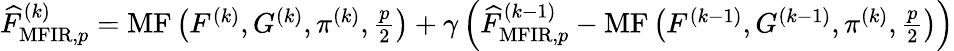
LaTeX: \begin{array}{r}{\widehat{F}_{\mathrm{MFIR},p}^{(k)}=\operatorname{MF}\left(F^{(k)},G^{(k)},\pi^{(k)},\frac{p}{2}\right)+\gamma\left(\widehat{F}_{\mathrm{MFIR},p}^{(k-1)}-\operatorname{MF}\left(F^{(k-1)},G^{(k-1)},\pi^{(k)},\frac{p}{2}\right)\right)}\end{array}